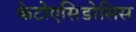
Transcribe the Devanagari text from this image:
केटोएसिडोसिस